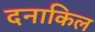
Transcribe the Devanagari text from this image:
दनाकिल